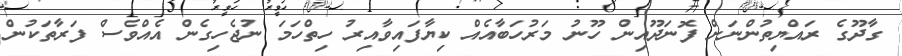
ގާދޫގެ ރައްޔިތުންނަށް ފޮނަދޫއިން ހޫނު މަރުހަބާއެއް ކިޔާފައިވާއިރު ހިތްހަމަ ނުޖެހިގެން އެއްވެސް ފަރާތަކުން